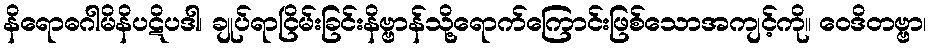
နိရောဓဂါမိနိပဋိပဒါ၊ ချုပ်ရာငြိမ်းခြင်းနိဗ္ဗာန်သို့ရောက်ကြောင်းဖြစ်သောအကျင့်ကို။ ဝေဒိတဗ္ဗာ၊